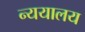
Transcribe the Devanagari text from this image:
न्ययालय